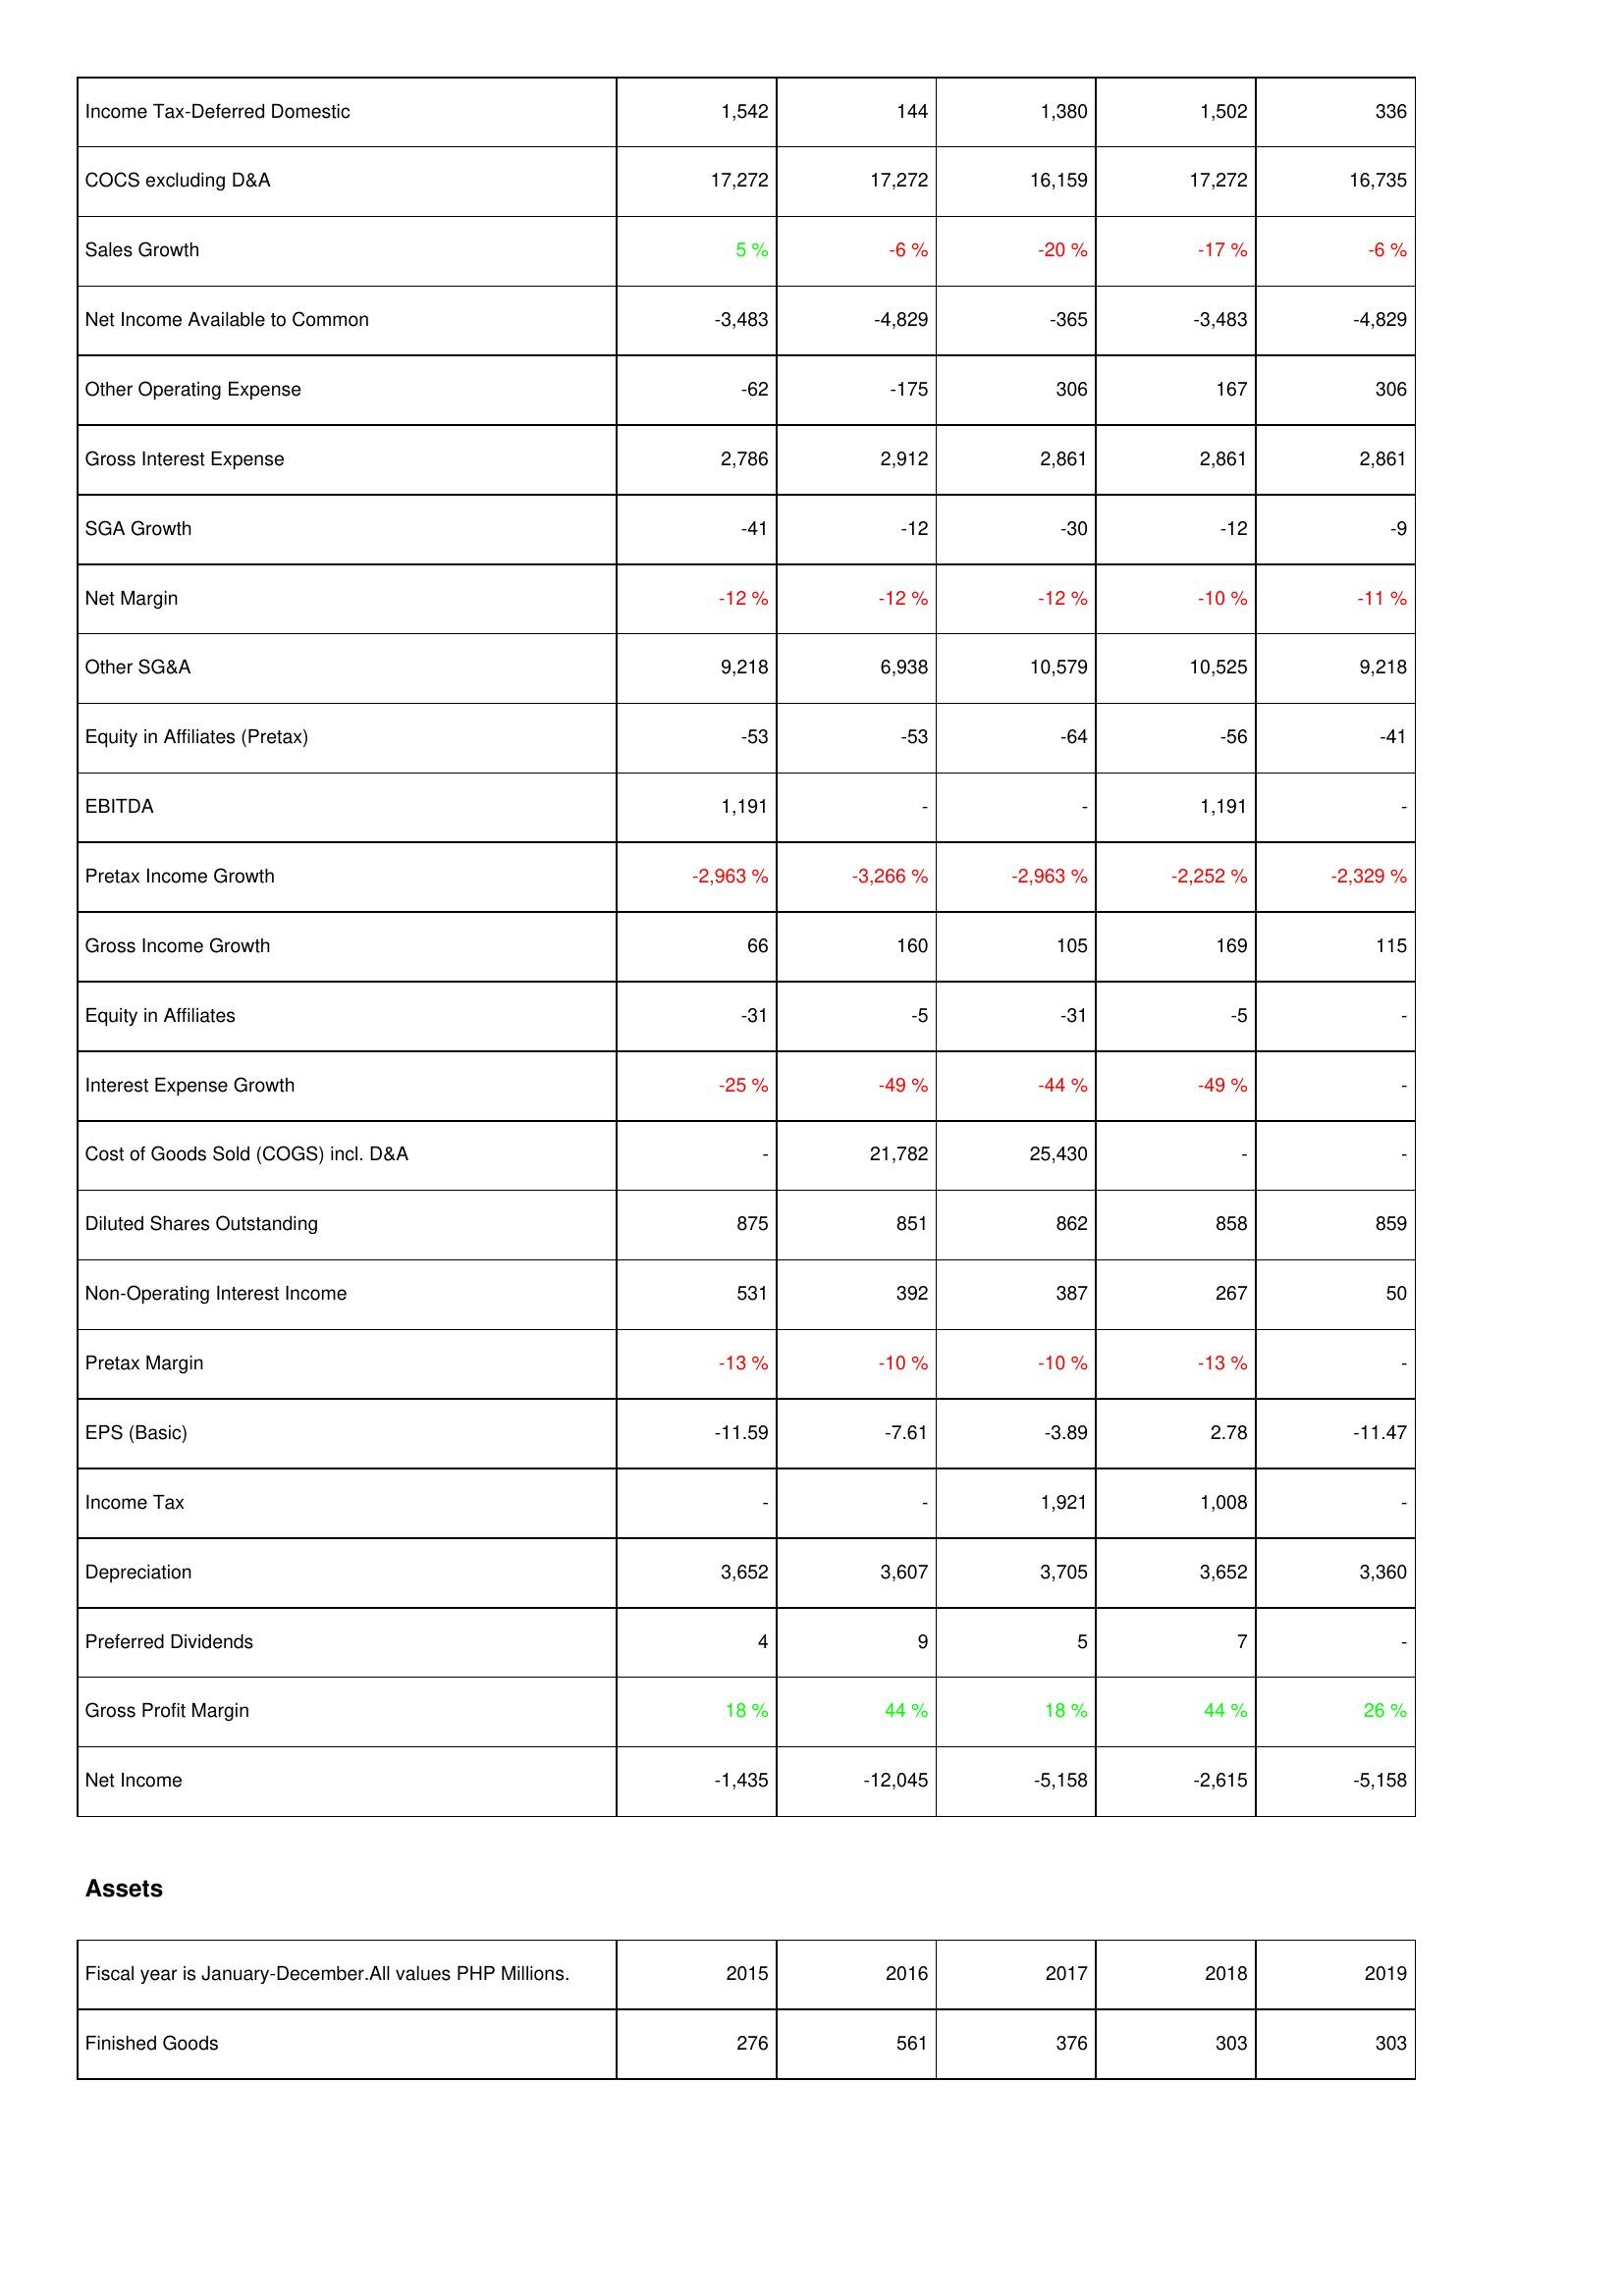
2015: Income Statement: Income Tax-Deferred Domestic: 1,542
COCS excluding D&A: 17,272
Sales Growth: 5 %
Net Income Available to Common: -3,483
Other Operating Expense: -62
Gross Interest Expense: 2,786
SGA Growth: -41
Net Margin: -12 %
Other SG&A: 9,218
Equity in Affiliates (Pretax): -53
EBITDA: 1,191
Pretax Income Growth: -2,963 %
Gross Income Growth: 66
Equity in Affiliates: -31
Interest Expense Growth: -25 %
Cost of Goods Sold (COGS) incl. D&A: -
Diluted Shares Outstanding: 875
Non-Operating Interest Income: 531
Pretax Margin: -13 %
EPS (Basic): -11.59
Income Tax: -
Depreciation: 3,652
Preferred Dividends: 4
Gross Profit Margin: 18 %
Net Income: -1,435
Assets: Finished Goods: 276
2016: Income Statement: Income Tax-Deferred Domestic: 144
COCS excluding D&A: 17,272
Sales Growth: -6 %
Net Income Available to Common: -4,829
Other Operating Expense: -175
Gross Interest Expense: 2,912
SGA Growth: -12
Net Margin: -12 %
Other SG&A: 6,938
Equity in Affiliates (Pretax): -53
EBITDA: -
Pretax Income Growth: -3,266 %
Gross Income Growth: 160
Equity in Affiliates: -5
Interest Expense Growth: -49 %
Cost of Goods Sold (COGS) incl. D&A: 21,782
Diluted Shares Outstanding: 851
Non-Operating Interest Income: 392
Pretax Margin: -10 %
EPS (Basic): -7.61
Income Tax: -
Depreciation: 3,607
Preferred Dividends: 9
Gross Profit Margin: 44 %
Net Income: -12,045
Assets: Finished Goods: 561
2017: Income Statement: Income Tax-Deferred Domestic: 1,380
COCS excluding D&A: 16,159
Sales Growth: -20 %
Net Income Available to Common: -365
Other Operating Expense: 306
Gross Interest Expense: 2,861
SGA Growth: -30
Net Margin: -12 %
Other SG&A: 10,579
Equity in Affiliates (Pretax): -64
EBITDA: -
Pretax Income Growth: -2,963 %
Gross Income Growth: 105
Equity in Affiliates: -31
Interest Expense Growth: -44 %
Cost of Goods Sold (COGS) incl. D&A: 25,430
Diluted Shares Outstanding: 862
Non-Operating Interest Income: 387
Pretax Margin: -10 %
EPS (Basic): -3.89
Income Tax: 1,921
Depreciation: 3,705
Preferred Dividends: 5
Gross Profit Margin: 18 %
Net Income: -5,158
Assets: Finished Goods: 376
2018: Income Statement: Income Tax-Deferred Domestic: 1,502
COCS excluding D&A: 17,272
Sales Growth: -17 %
Net Income Available to Common: -3,483
Other Operating Expense: 167
Gross Interest Expense: 2,861
SGA Growth: -12
Net Margin: -10 %
Other SG&A: 10,525
Equity in Affiliates (Pretax): -56
EBITDA: 1,191
Pretax Income Growth: -2,252 %
Gross Income Growth: 169
Equity in Affiliates: -5
Interest Expense Growth: -49 %
Cost of Goods Sold (COGS) incl. D&A: -
Diluted Shares Outstanding: 858
Non-Operating Interest Income: 267
Pretax Margin: -13 %
EPS (Basic): 2.78
Income Tax: 1,008
Depreciation: 3,652
Preferred Dividends: 7
Gross Profit Margin: 44 %
Net Income: -2,615
Assets: Finished Goods: 303
2019: Income Statement: Income Tax-Deferred Domestic: 336
COCS excluding D&A: 16,735
Sales Growth: -6 %
Net Income Available to Common: -4,829
Other Operating Expense: 306
Gross Interest Expense: 2,861
SGA Growth: -9
Net Margin: -11 %
Other SG&A: 9,218
Equity in Affiliates (Pretax): -41
EBITDA: -
Pretax Income Growth: -2,329 %
Gross Income Growth: 115
Equity in Affiliates: -
Interest Expense Growth: -
Cost of Goods Sold (COGS) incl. D&A: -
Diluted Shares Outstanding: 859
Non-Operating Interest Income: 50
Pretax Margin: -
EPS (Basic): -11.47
Income Tax: -
Depreciation: 3,360
Preferred Dividends: -
Gross Profit Margin: 26 %
Net Income: -5,158
Assets: Finished Goods: 303